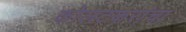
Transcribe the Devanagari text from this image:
कोलटकरांचा